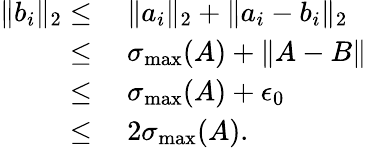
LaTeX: \begin{array}{rl}{\| b_{i}\| _{2}\leq}&{~\| a_{i}\| _{2}+\| a_{i}-b_{i}\| _{2}}\\ {\leq}&{~\sigma_{\operatorname*{max}}(A)+\| A-B\| }\\ {\leq}&{~\sigma_{\operatorname*{max}}(A)+\epsilon_{0}}\\ {\leq}&{~2\sigma_{\operatorname*{max}}(A).}\end{array}